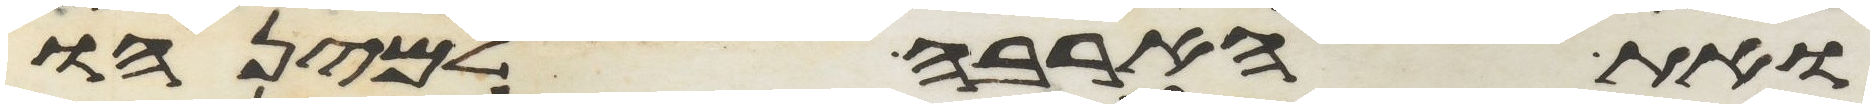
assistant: את הארבה למינהו